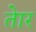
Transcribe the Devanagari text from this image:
तेार